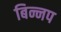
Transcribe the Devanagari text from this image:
बिन्नप